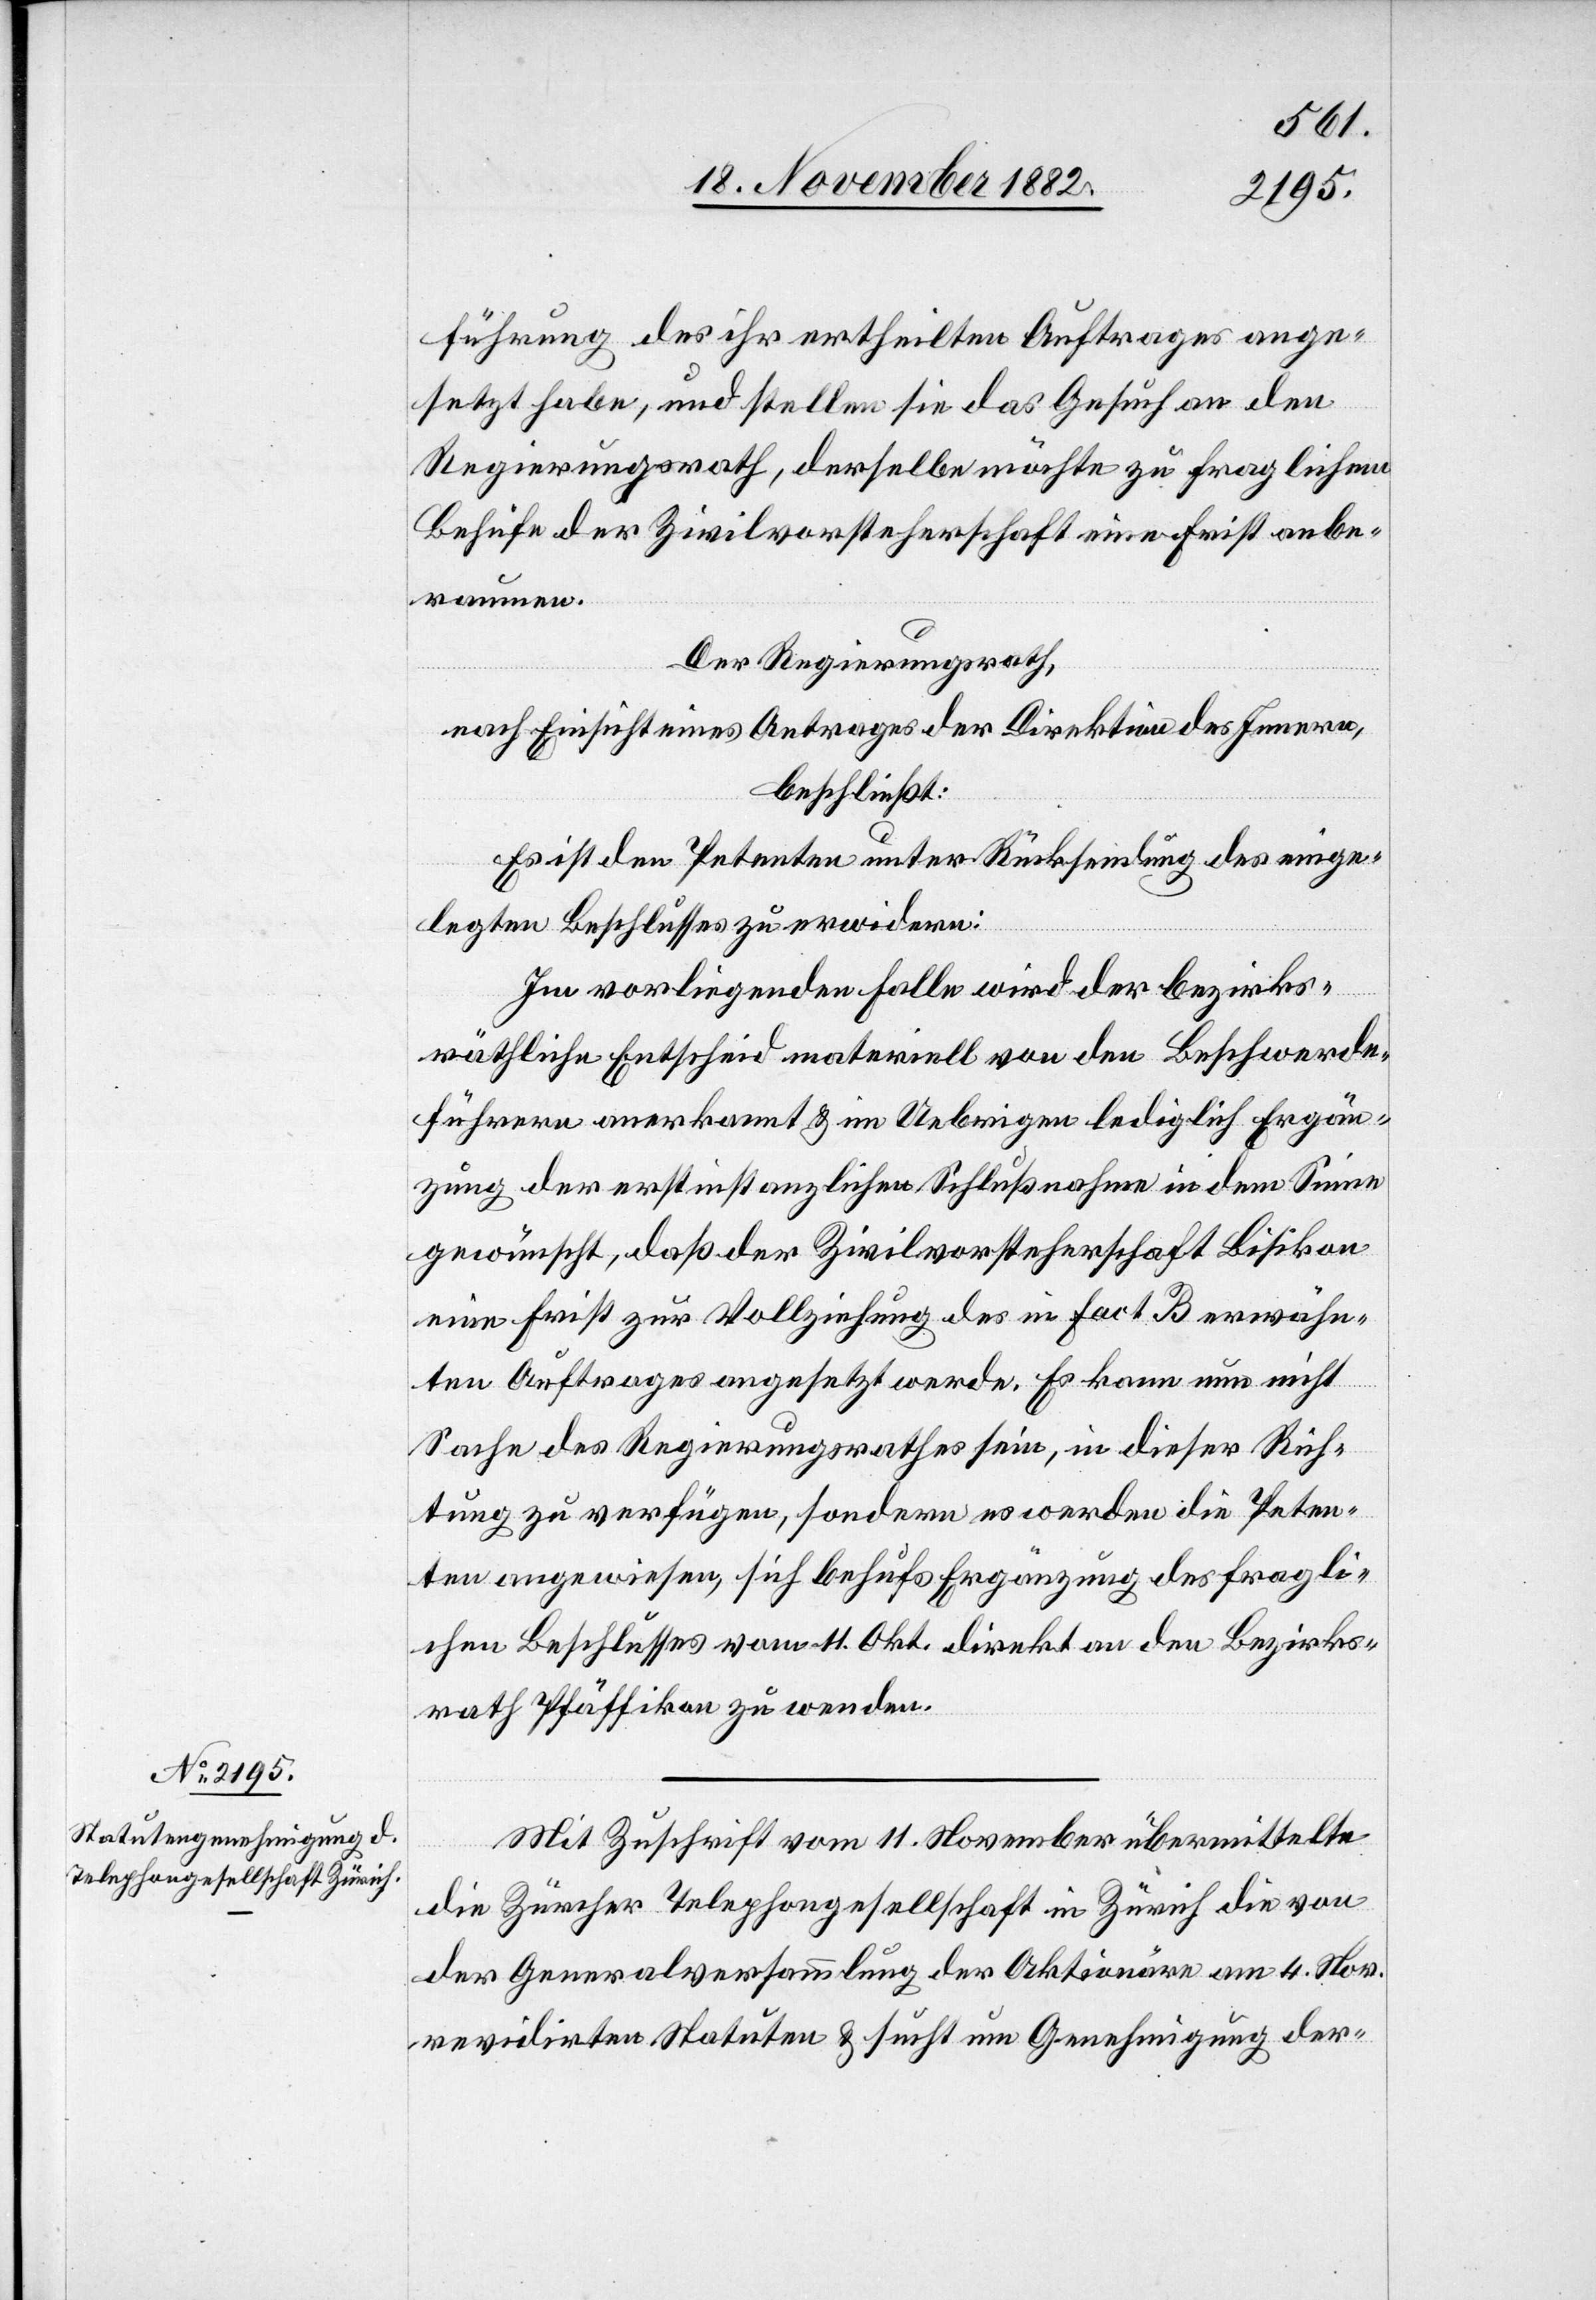
führung des ihr ertheilten Auftrages ange¬
setzt habe, und stellen sie das Gesuch an den
Regierungsrath, derselben möchte zu fraglichem
Behufe der Zivilvorsteherschaft eine Frist anbe¬
raumen.
Der Regierungsrath,
nach Einsicht eines Antrages der Direktion des Innern,
beschließt:
Es ist den Petenten unter Rücksendung des einge¬
legten Beschlusses zu erwidern:
Im vorliegenden Falle wird der bezirks¬
räthliche Entscheid materiell von den Beschwerde¬
führern anerkannt & im Uebrigen lediglich Ergän¬
zung der erstinstanzlichen Schlußnahme in dem Sinne
gewünscht, daß der Zivilvorsteherschaft Bisikon
eine Frist zur Vollziehung des in Fact. B erwähn¬
ten Auftrages angesetzt werde. Es kann nun nicht
Sache des Regierungsrathes sein, in dieser Rich¬
tung zu verfügen, sondern es werden die Peten¬
ten angewiesen, sich behufs Ergänzung des fragli¬
chen Beschlusses vom 11. Okt. direkt an den Bezirks¬
rath Pfäffikon zu wenden.
Mit Zuschrift vom 11. November übermittelte
die Zürcher Telephongesellschaft in Zürich die von
der Generalversammlung der Aktionäre am 4. Nov.
revidirten Statuten & sucht um Genehmigung der-